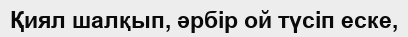
Қиял шалқып, әрбір ой түсіп еске,